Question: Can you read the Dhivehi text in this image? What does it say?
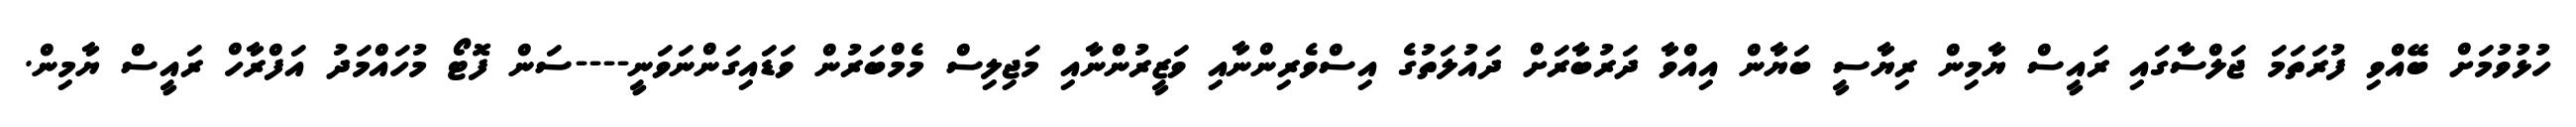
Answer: ހުޅުވުމަށް ބޭއްވި ފުރަތަމަ ޖަލްސާގައި ރައީސް ޔާމިން ރިޔާސީ ބަޔާން އިއްވާ ދަރުބާރަށް ދައުލަތުގެ އިސްވެރިންނާއި ވަޒީރުންނާއި މަޖިލިސް މެމްބަރުން ވަޑައިގަންނަވަނީ----ސަން ފޮޓޯ މުހައްމަދު އަފްރާހް ރައީސް ޔާމިން.